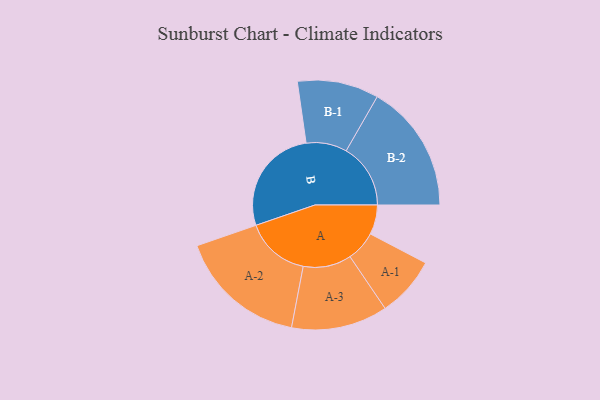
{"axis": {"x": "Segment", "y": "Value"}, "legend": ["", "A", "B"], "data": [{"x": "A", "y": 135, "type": ""}, {"x": "B", "y": 493, "type": ""}, {"x": "A-1", "y": 138, "type": "A"}, {"x": "A-2", "y": 294, "type": "A"}, {"x": "A-3", "y": 220, "type": "A"}, {"x": "B-1", "y": 186, "type": "B"}, {"x": "B-2", "y": 294, "type": "B"}]}